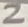
Text: 2